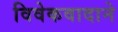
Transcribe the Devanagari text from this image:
विवेकवादाने